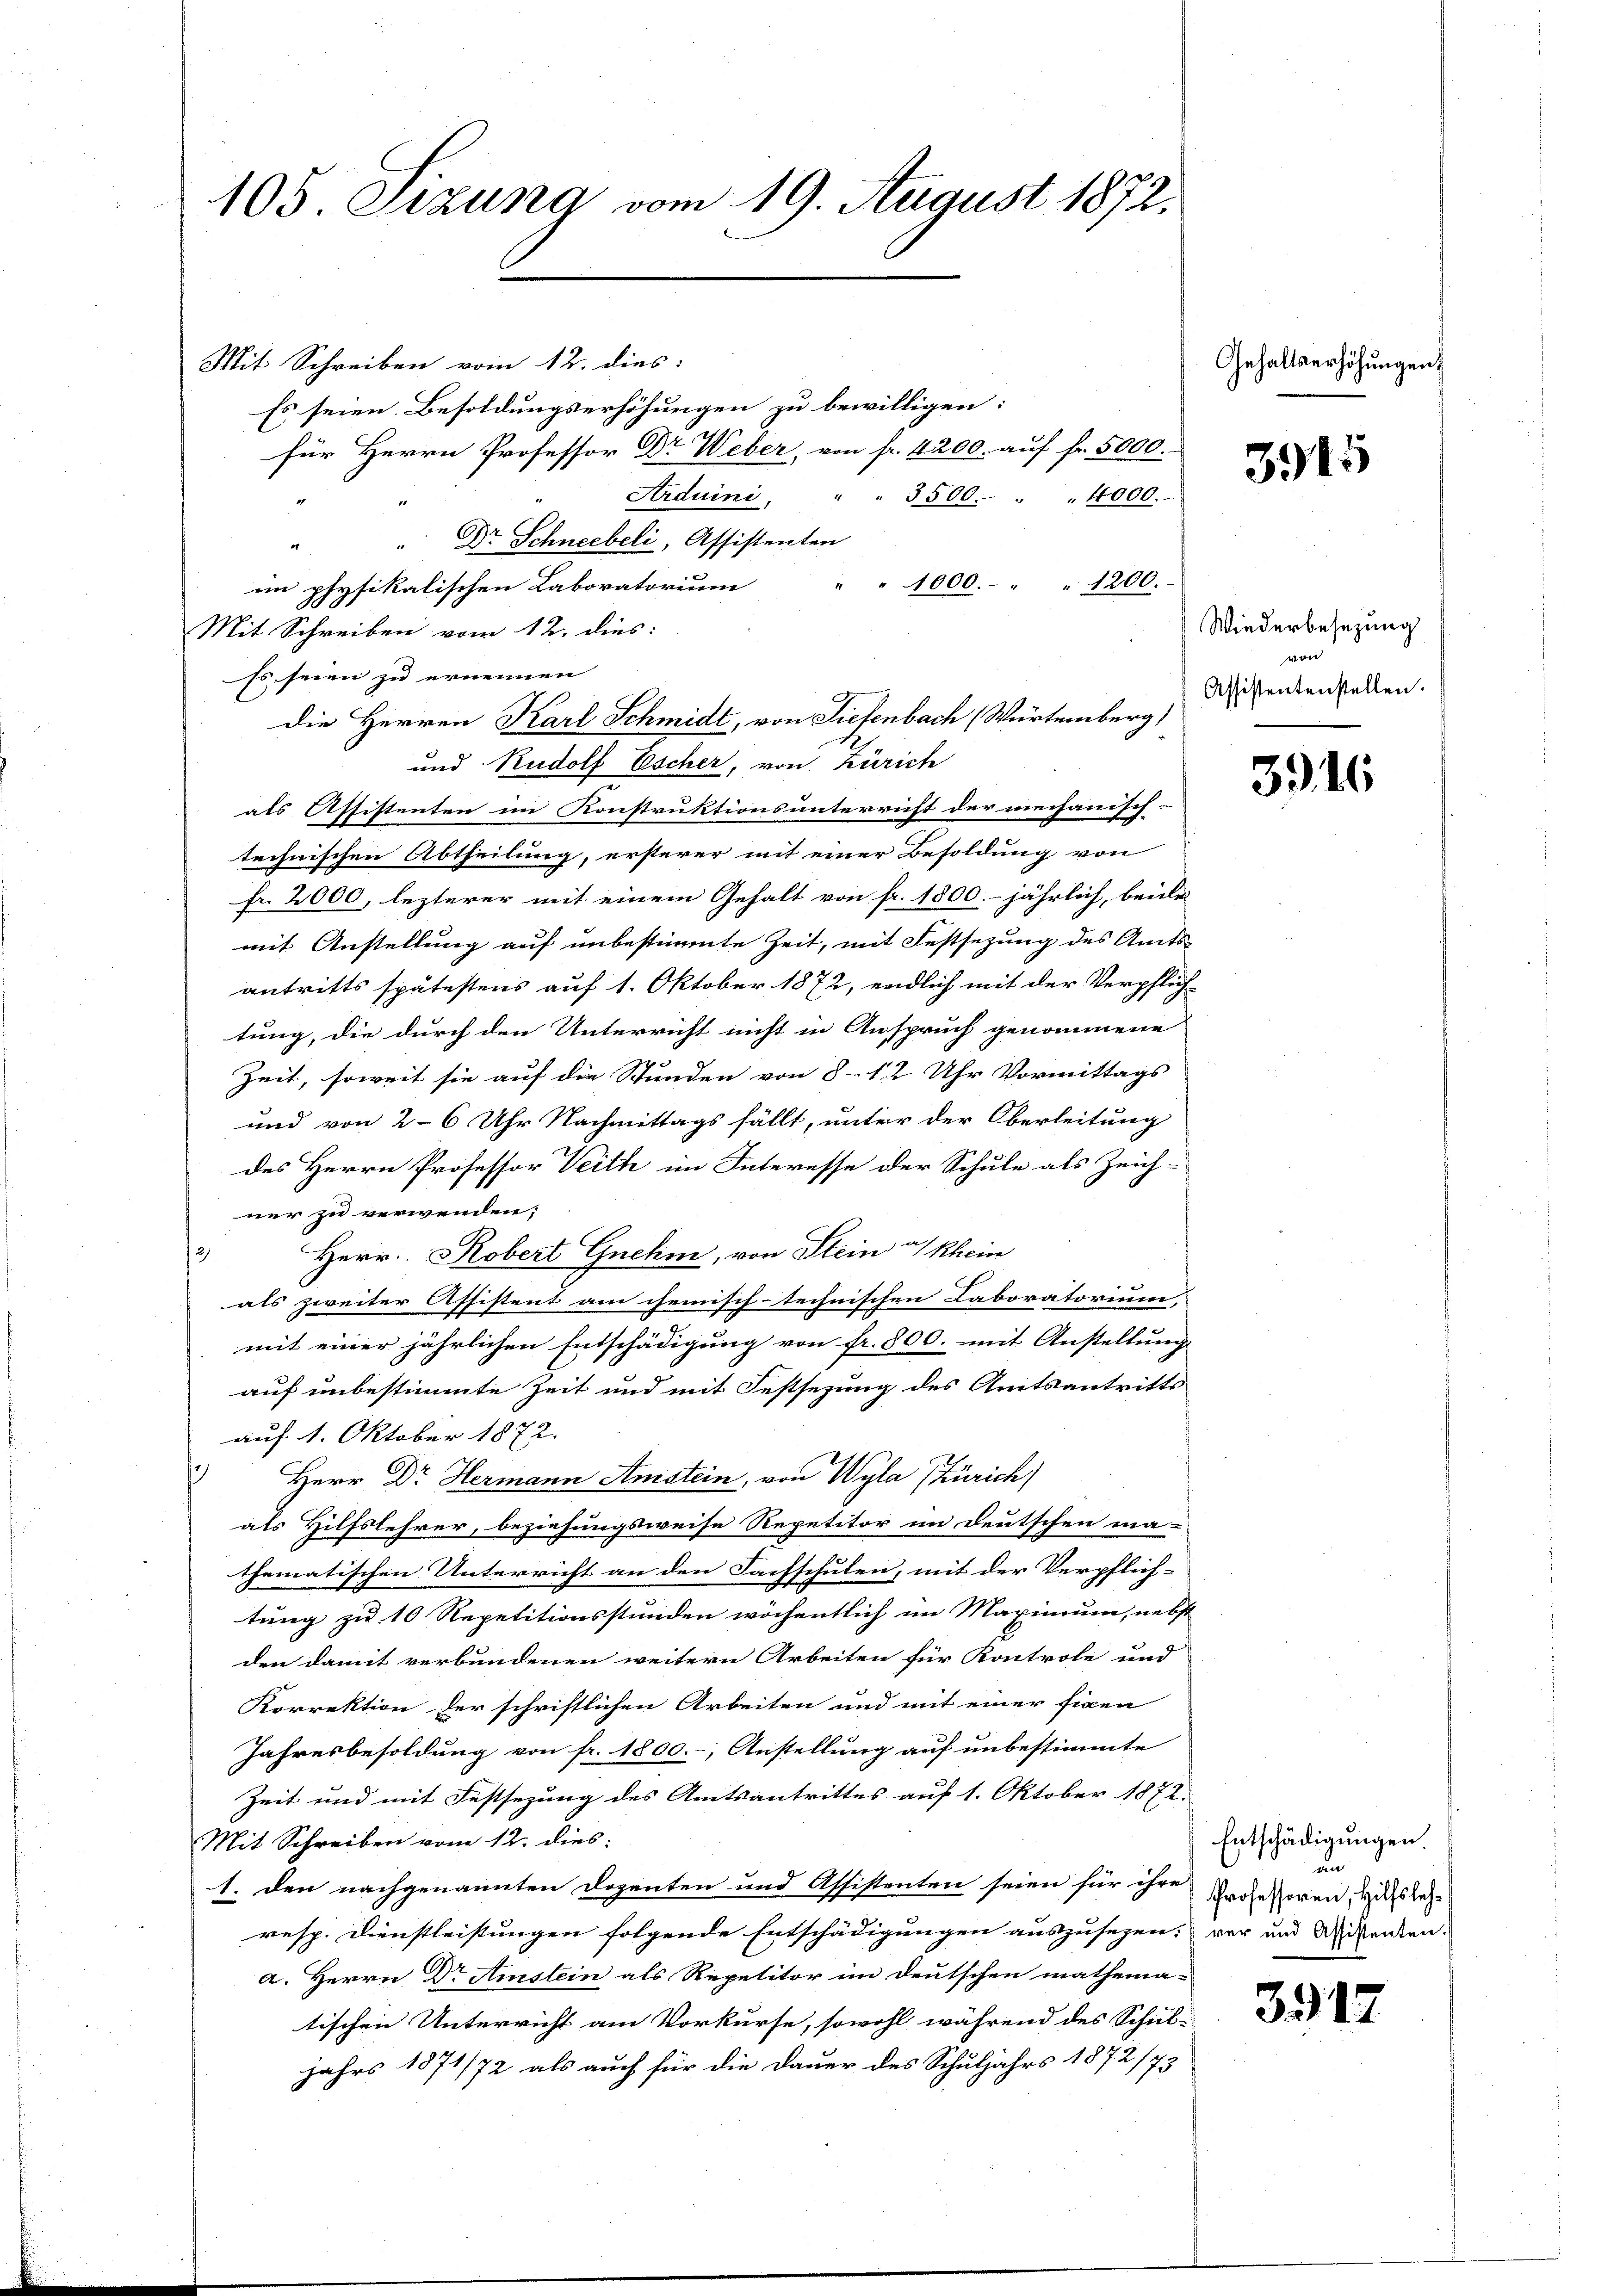
105 Sizung vom 19. August 1872.

Mit Schreiben vom 12. dies:
Es seien Besoldungserhöhungen zu bewilligen:
für Herrn Professor Dr Weber, von fr. 4200. auf fr. 5000.
Arduini,
" " 3500. " " 4000.
DDr. Schneebeli, Assistenten
e
im physikalischen Laboratorium 1000. " " 1200.
Mit Schreiben vom 12. dies:
Es seien zu ernennen
die Herren Karl Schmidt, von Tiefenbach (Würtemberg)
und Rudolf Escher, von Zürich
als Assistenten im Konstruktionsunterricht der mechanisch-
technischen Abtheilung, ersterer mit einer Besoldung von
Fr. 2000, lezterer mit einem Gehalt von fr. 1800. jährlich, beeile
mit Anstellung auf unbestimmte Zeit, mit Festsezung des Amts-
antritts spätestens auf 1. Oktober 1872, endlich mit der Verpflich-
tung, die durch den Unterricht nicht in Anspruch genommene
Zeit, soweit sie auf die Stunden von 8 - 12 Uhr Vormittags
und von 2-6 Uhr Nachmittags fällt, unter der Oberleitung
des Herrn Professor Veith im Interesse der Schule als Zeich-
ner zu verwenden;
Herr Robert Gnehm, von Stein a/Rhein
2)

als zweiter Assistent am chemisch-technischen Laboratorium,
mit einer jährlichen Entschädigung von fr. 800. mit Anstellung |
auf unbestimmte Zeit und mit Festsezung des Amtsantritts
auf 1. Oktober 1872.
 Herr Dr Hermann Amstein, von Wyla (Zürich)
als Hilfslehrer, beziehungsweise Repetitor im Deutschen ma-
thematischen Unterricht an den Fachschulen, mit der Verpflich-
tung zu 10 Repetitionsstunden wöchentlich im Maximum, nebst
den damit verbundenen weitern Arbeiten für Kontrole und
Korrektion der schriftlichen Arbeiten und mit einer fixen
Jahresbesoldung von fr. 1800.-, Anstellung auf unbestimmte
Zeit und mit Festsezung des Amtsantrittes auf 1. Oktober 1872.
Mit Schreiben vom 12. dies:
1. den nachgenannten Dozenten und Affistenten seien für ihre
resp. Dienstleistungen folgende Entschädigungen auszusezen, vor und Missenten.
a. Herrn Dr Amstein als Repetitor im Deutschen mathema-
tischen Unterricht am Vorkurse, sowohl während des Schul-
jahrs 1871/72 als auch für die Dauer des Schuljahrs 1872/73

Gehaltserhöhungen

3915

Wiederbesezung
vor
Assistentenstellen.

3916

Entschädigungen.
den
Professoren, Hilfsleh¬

3917